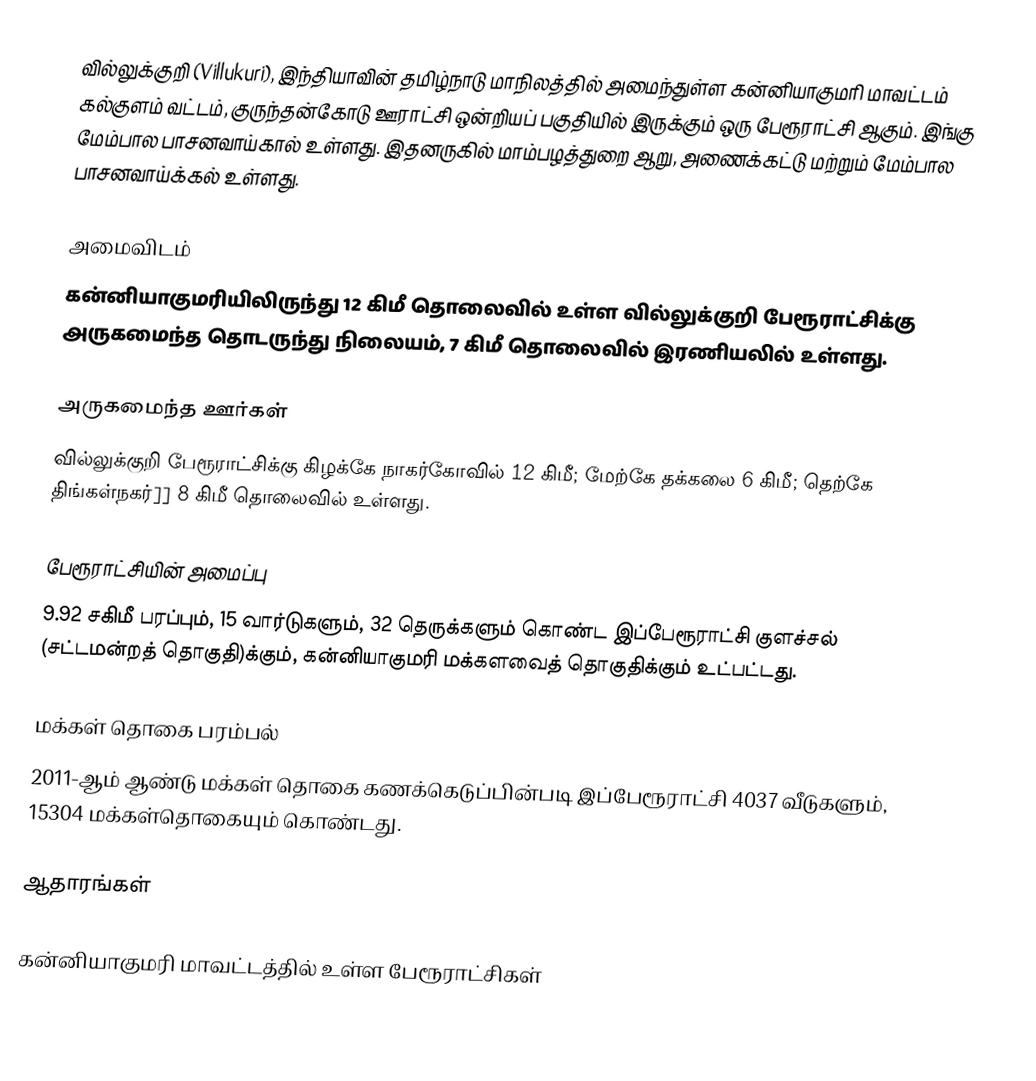
வில்லுக்குறி (Villukuri), இந்தியாவின் தமிழ்நாடு மாநிலத்தில் அமைந்துள்ள கன்னியாகுமரி மாவட்டம் கல்குளம் வட்டம்,  குருந்தன்கோடு  ஊராட்சி ஒன்றியப் பகுதியில் இருக்கும் ஒரு பேரூராட்சி ஆகும். இங்கு மேம்பால பாசனவாய்கால் உள்ளது. இதனருகில் மாம்பழத்துறை ஆறு, அணைக்கட்டு மற்றும் மேம்பால பாசனவாய்க்கல் உள்ளது.

அமைவிடம்
கன்னியாகுமரியிலிருந்து 12 கிமீ தொலைவில் உள்ள வில்லுக்குறி பேரூராட்சிக்கு அருகமைந்த தொடருந்து நிலையம், 7 கிமீ தொலைவில் இரணியலில் உள்ளது.

அருகமைந்த ஊர்கள்
வில்லுக்குறி பேரூராட்சிக்கு கிழக்கே நாகர்கோவில் 12 கிமீ; மேற்கே தக்கலை 6 கிமீ; தெற்கே திங்கள்நகர்]] 8 கிமீ தொலைவில் உள்ளது.

பேரூராட்சியின் அமைப்பு
9.92 சகிமீ  பரப்பும், 15  வார்டுகளும், 32 தெருக்களும் கொண்ட இப்பேரூராட்சி  குளச்சல் (சட்டமன்றத் தொகுதி)க்கும், கன்னியாகுமரி மக்களவைத் தொகுதிக்கும் உட்பட்டது.

மக்கள் தொகை பரம்பல்
2011-ஆம் ஆண்டு மக்கள் தொகை கணக்கெடுப்பின்படி  இப்பேரூராட்சி                           4037 வீடுகளும், 15304 மக்கள்தொகையும் கொண்டது.

ஆதாரங்கள்

கன்னியாகுமரி மாவட்டத்தில் உள்ள பேரூராட்சிகள்